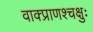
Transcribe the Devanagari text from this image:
वाक्प्राणश्चक्षुः